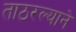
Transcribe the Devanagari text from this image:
ताठरल्याने